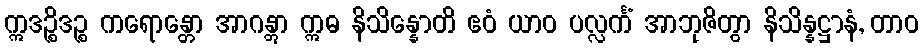
ဣဒဉ္စိဒဉ္စ ကရောန္တော အာဂန္တွာ ဣဓ နိသိန္နောတိ ဧဝံ ယာဝ ပလ္လင်္ကံ အာဘုဇိတွာ နိသိန္နဋ္ဌာနံ, တာဝ